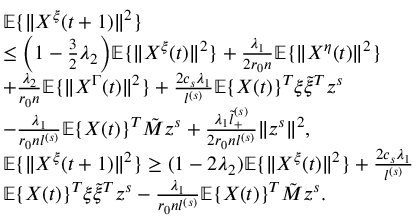
\begin{array} { r l } & { \mathbb { E } \{ \| X ^ { \xi } ( t + 1 ) \| ^ { 2 } \} } \\ & { \le \Big ( 1 - \frac 3 2 \lambda _ { 2 } \Big ) \mathbb { E } \{ \| X ^ { \xi } ( t ) \| ^ { 2 } \} + \frac { \lambda _ { 1 } } { 2 r _ { 0 } n } \mathbb { E } \{ \| X ^ { \eta } ( t ) \| ^ { 2 } \} } \\ & { + \frac { \lambda _ { 2 } } { r _ { 0 } n } \mathbb { E } \{ \| X ^ { \Gamma } ( t ) \| ^ { 2 } \} + \frac { 2 c _ { s } \lambda _ { 1 } } { l ^ { ( s ) } } \mathbb { E } \{ X ( t ) \} ^ { T } \xi \tilde { \xi } ^ { T } z ^ { s } } \\ & { - \frac { \lambda _ { 1 } } { r _ { 0 } n l ^ { ( s ) } } \mathbb { E } \{ X ( t ) \} ^ { T } \tilde { M } z ^ { s } + \frac { \lambda _ { 1 } \tilde { l } _ { + } ^ { ( s ) } } { 2 r _ { 0 } n l ^ { ( s ) } } \| z ^ { s } \| ^ { 2 } , } \\ & { \mathbb { E } \{ \| X ^ { \xi } ( t + 1 ) \| ^ { 2 } \} \ge ( 1 - 2 \lambda _ { 2 } ) \mathbb { E } \{ \| X ^ { \xi } ( t ) \| ^ { 2 } \} + \frac { 2 c _ { s } \lambda _ { 1 } } { l ^ { ( s ) } } } \\ & { \mathbb { E } \{ X ( t ) \} ^ { T } \xi \tilde { \xi } ^ { T } z ^ { s } - \frac { \lambda _ { 1 } } { r _ { 0 } n l ^ { ( s ) } } \mathbb { E } \{ X ( t ) \} ^ { T } \tilde { M } z ^ { s } . } \end{array}